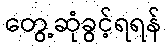
တွေ့ဆုံခွင့်ရရန်